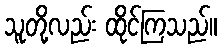
သူတို့လည်း ထိုင်ကြသည်။